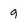
Character: 9